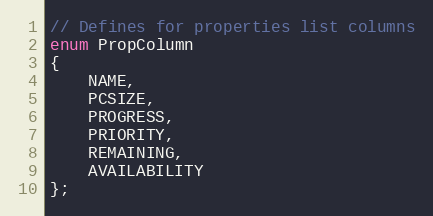
Language: C
// Defines for properties list columns
enum PropColumn
{
    NAME,
    PCSIZE,
    PROGRESS,
    PRIORITY,
    REMAINING,
    AVAILABILITY
};